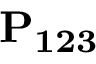
\bf P _ { 1 2 3 }